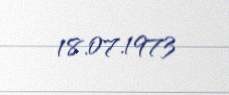
18.07.1973